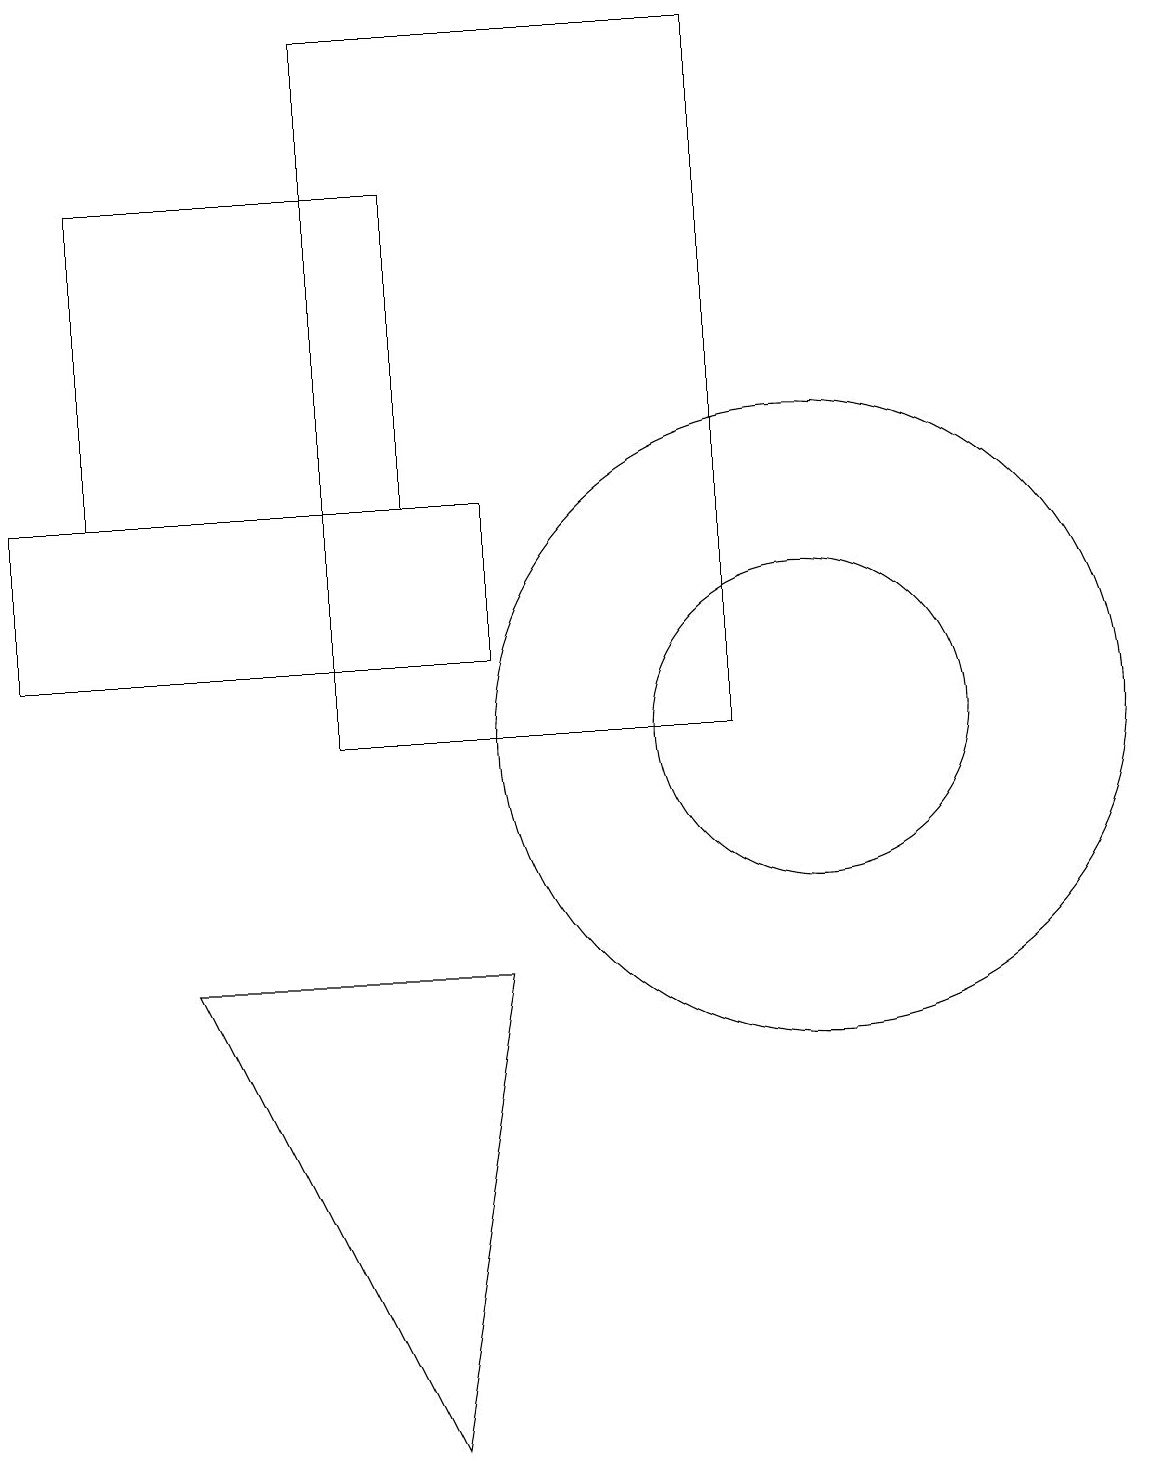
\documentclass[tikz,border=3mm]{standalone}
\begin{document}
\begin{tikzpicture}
\draw (6,7) -- (2,7) -- (5,1) -- cycle;
\draw (1,13) rectangle (5,17);
\draw (0,13) rectangle (6,11);
\draw (10,10) circle (4);
\draw (4,19) rectangle (9,10);
\draw (10,10) circle (2);
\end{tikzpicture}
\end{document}